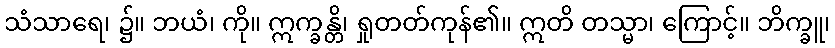
သံသာရေ၊ ၌။ ဘယံ၊ ကို။ ဣက္ခန္တိ၊ ရှုတတ်ကုန်၏။ ဣတိ တသ္မာ၊ ကြောင့်။ ဘိက္ခူ၊